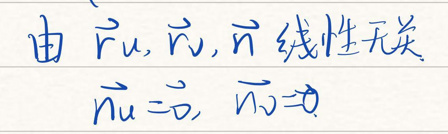
由\(\dot{\vec{r}}_u,\dot{\vec{r}}_v,\vec{n}\)线性无关

\(\vec{n}\dot{\vec{r}}_u = 0,\vec{n}\dot{\vec{r}}_v = 0\)